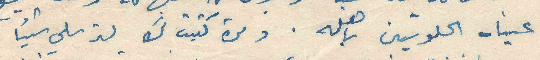
عيناه الحلوتين باهله . ومرة كتبت لك لترسلي شيئا